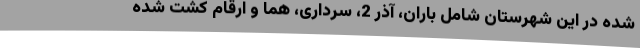
شده در این شهرستان شامل باران، آذر 2، سرداری، هما و ارقام کشت شده